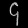
Digit: ၄